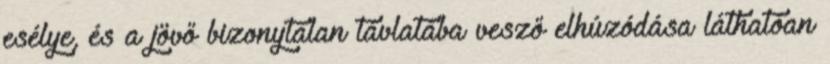
esélye, és a jövő bizonytalan távlatába vesző elhúzódása láthatóan